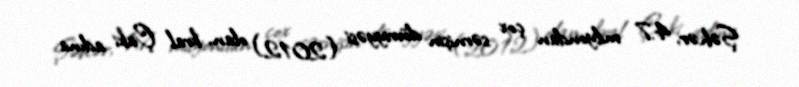
Şəhər, 4.7 milyondan çox sərnişin dövriyyəsi (2012) olan, kral Çaki adına